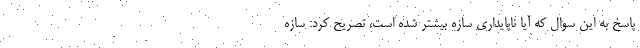
پاسخ به این سوال که آیا ناپایداری سازه بیشتر شده است، تصریح کرد: سازه